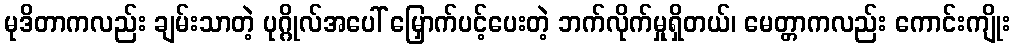
မုဒိတာကလည်း ချမ်းသာတဲ့ ပုဂ္ဂိုလ်အပေါ် မြှောက်ပင့်ပေးတဲ့ ဘက်လိုက်မှုရှိတယ်၊ မေတ္တာကလည်း ကောင်းကျိုး